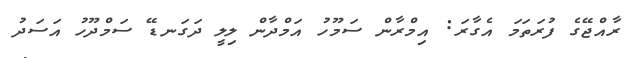
ރާއްޖޭގެ ފުރަތަމަ އެގާރަ: އިމްރާން ސަމޫހު އަމްދާން ލިލީ ދަގަނޑޭ ސަމްދޫހު އަސަދު